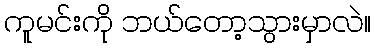
ကူမင်းကို ဘယ်တော့သွားမှာလဲ။